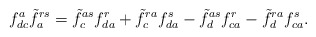
\begin{align*}f^{a}_{dc}\tilde{f}^{rs}_{a}=\tilde{f}^{as}_{c}f^{r}_{da}+\tilde{f}^{ra}_{c}f^{s}_{da}-\tilde{f}^{as}_{d}f^{r}_{ca}-\tilde{f}^{ra}_{d}f^{s}_{ca}.\end{align*}